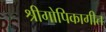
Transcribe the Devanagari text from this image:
श्रीगोपिकागीत